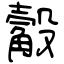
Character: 觳